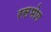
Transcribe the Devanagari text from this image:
रसभोग